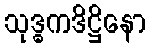
သုဒ္ဓကဒိဋ္ဌိနော